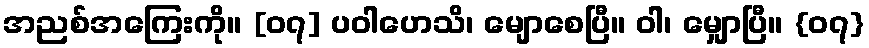
အညစ်အကြေးကို။ [၀၇] ပဝါဟေသိ၊ မျောစေပြီ။ ဝါ၊ မျှောပြီ။ {၀၇}